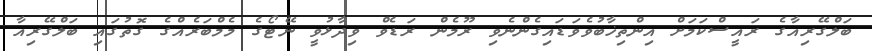
ބަލްގޭރިއާގެ ރައީސްކަމަށް އިންތިޚާބުވެވަޑައިގެންނެވި ރޫމެން ރަޑެވް ވިދާޅުވީ ނޭޓޯގެ މެމްބަރެއްގެ ގޮތުގައި ބަލްގޭރިއާ